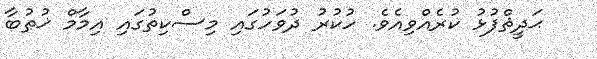
ޙަދީޘްފުޅު ކުރެއްވިއެވެ. ހުކުރު ދުވަހުގައި މިސްކިތުގައި އިމާމް ޚުޠުބާ